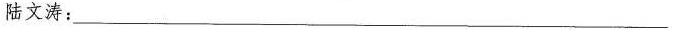
陆文涛：___